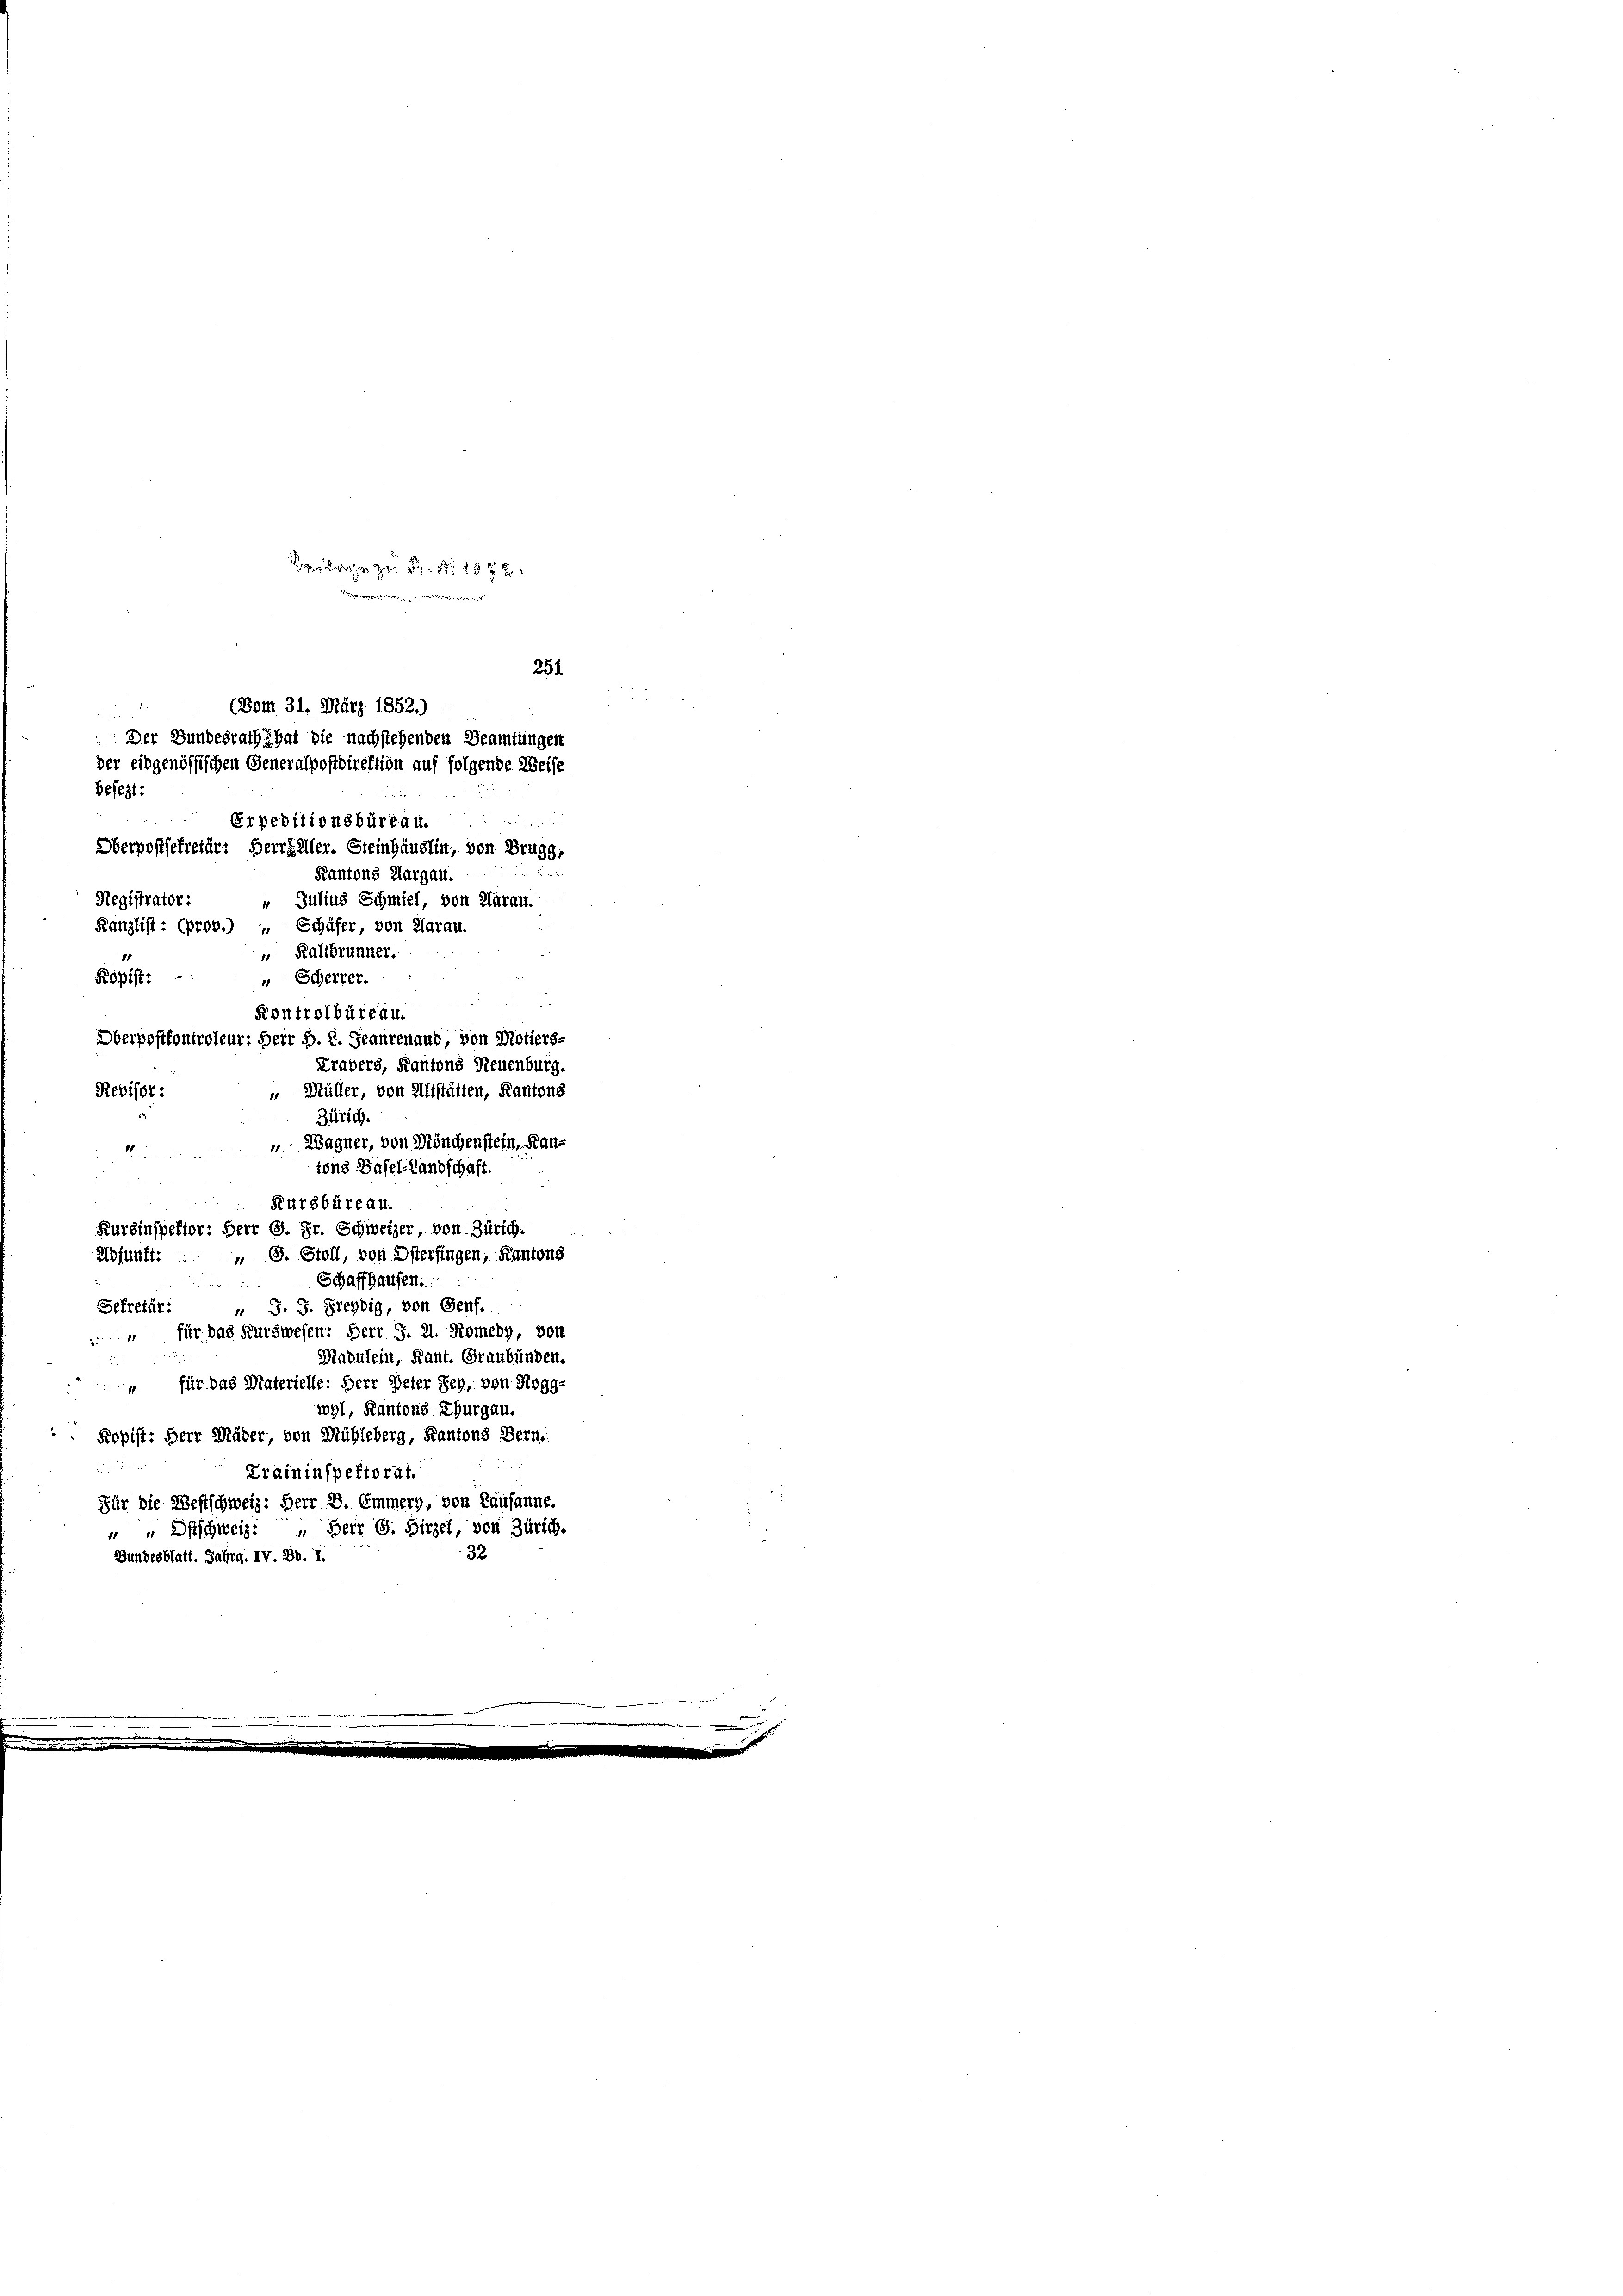
Nr 17 x

(Bom 31. März 1852.)
Der Bundesrath hat die nachstehenden Beamtungen
der eidgenössischen Generalpostdirektion auf folgende Weise
besezt:
Erpeditionsbüreau.

Registrator:
11
Revisor:
 Wagner, von Mönchenstein, Rau¬
Kladung der von
tons Basel-Landschaft.
2
Kursbüreau.
Kurzinspektor: Herr G. Fr. Schweizer, von Zürich.
Adjunft.
" G. Stoll, von Osterfingen, Kantons
Schaffhausen.
Sekretär:
" J. J. Preydig, von Genf.
“ für das Kurswesen: Herr S. 21. Komedy, von
Mabulein, Kant. Graubünden.
für das Materielle: Herr Peter Seh, von Rogg-
wyl, Kantons Thurgau.
Ropist: Herr Mäder, von Mühleberg, Kantons Bern.

Traininspektorat.
Für die Westschweiz: Herr D. Emmerg, von Lausanne.
 Ostschweiz. Herr G. Hirzel, von Zürich.
32
Bundesblatt. Jahrg. IV. 20. I.

Oberpostsekretär: Herrfaller. Steinhäuslin, von Brugg,
Kantons Aargau.
 Julius Schmiel, von Aarau.
Kanzlist : (prov.) “ Schäfer, von Aarau.
 Kaltbrunner.
Röpist:
" Scherrer.
Kontrolbüreau.
Oberpostkontroleur: Herr B. 2. Jeanrenaud, von Motiers-
Krapers, Kantons Neuenburg.
 Müller, von Altstätten, Kantons
Zürich.

251